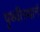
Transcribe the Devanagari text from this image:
पृथ्वीस्थानं